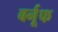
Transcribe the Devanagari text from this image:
बर्नूफ